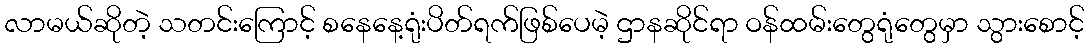
လာမယ်ဆိုတဲ့ သတင်းကြောင့် စနေနေ့ရုံးပိတ်ရက်ဖြစ်ပေမဲ့ ဌာနဆိုင်ရာ ဝန်ထမ်းတွေရုံတွေမှာ သွားစောင့်